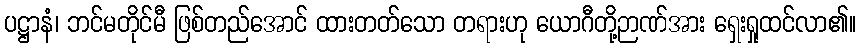
ပဋ္ဌာနံ၊ ဘင်မတိုင်မီ ဖြစ်တည်အောင် ထားတတ်သော တရားဟု ယောဂီတို့ဉာဏ်အား ရှေးရှုထင်လာ၏။